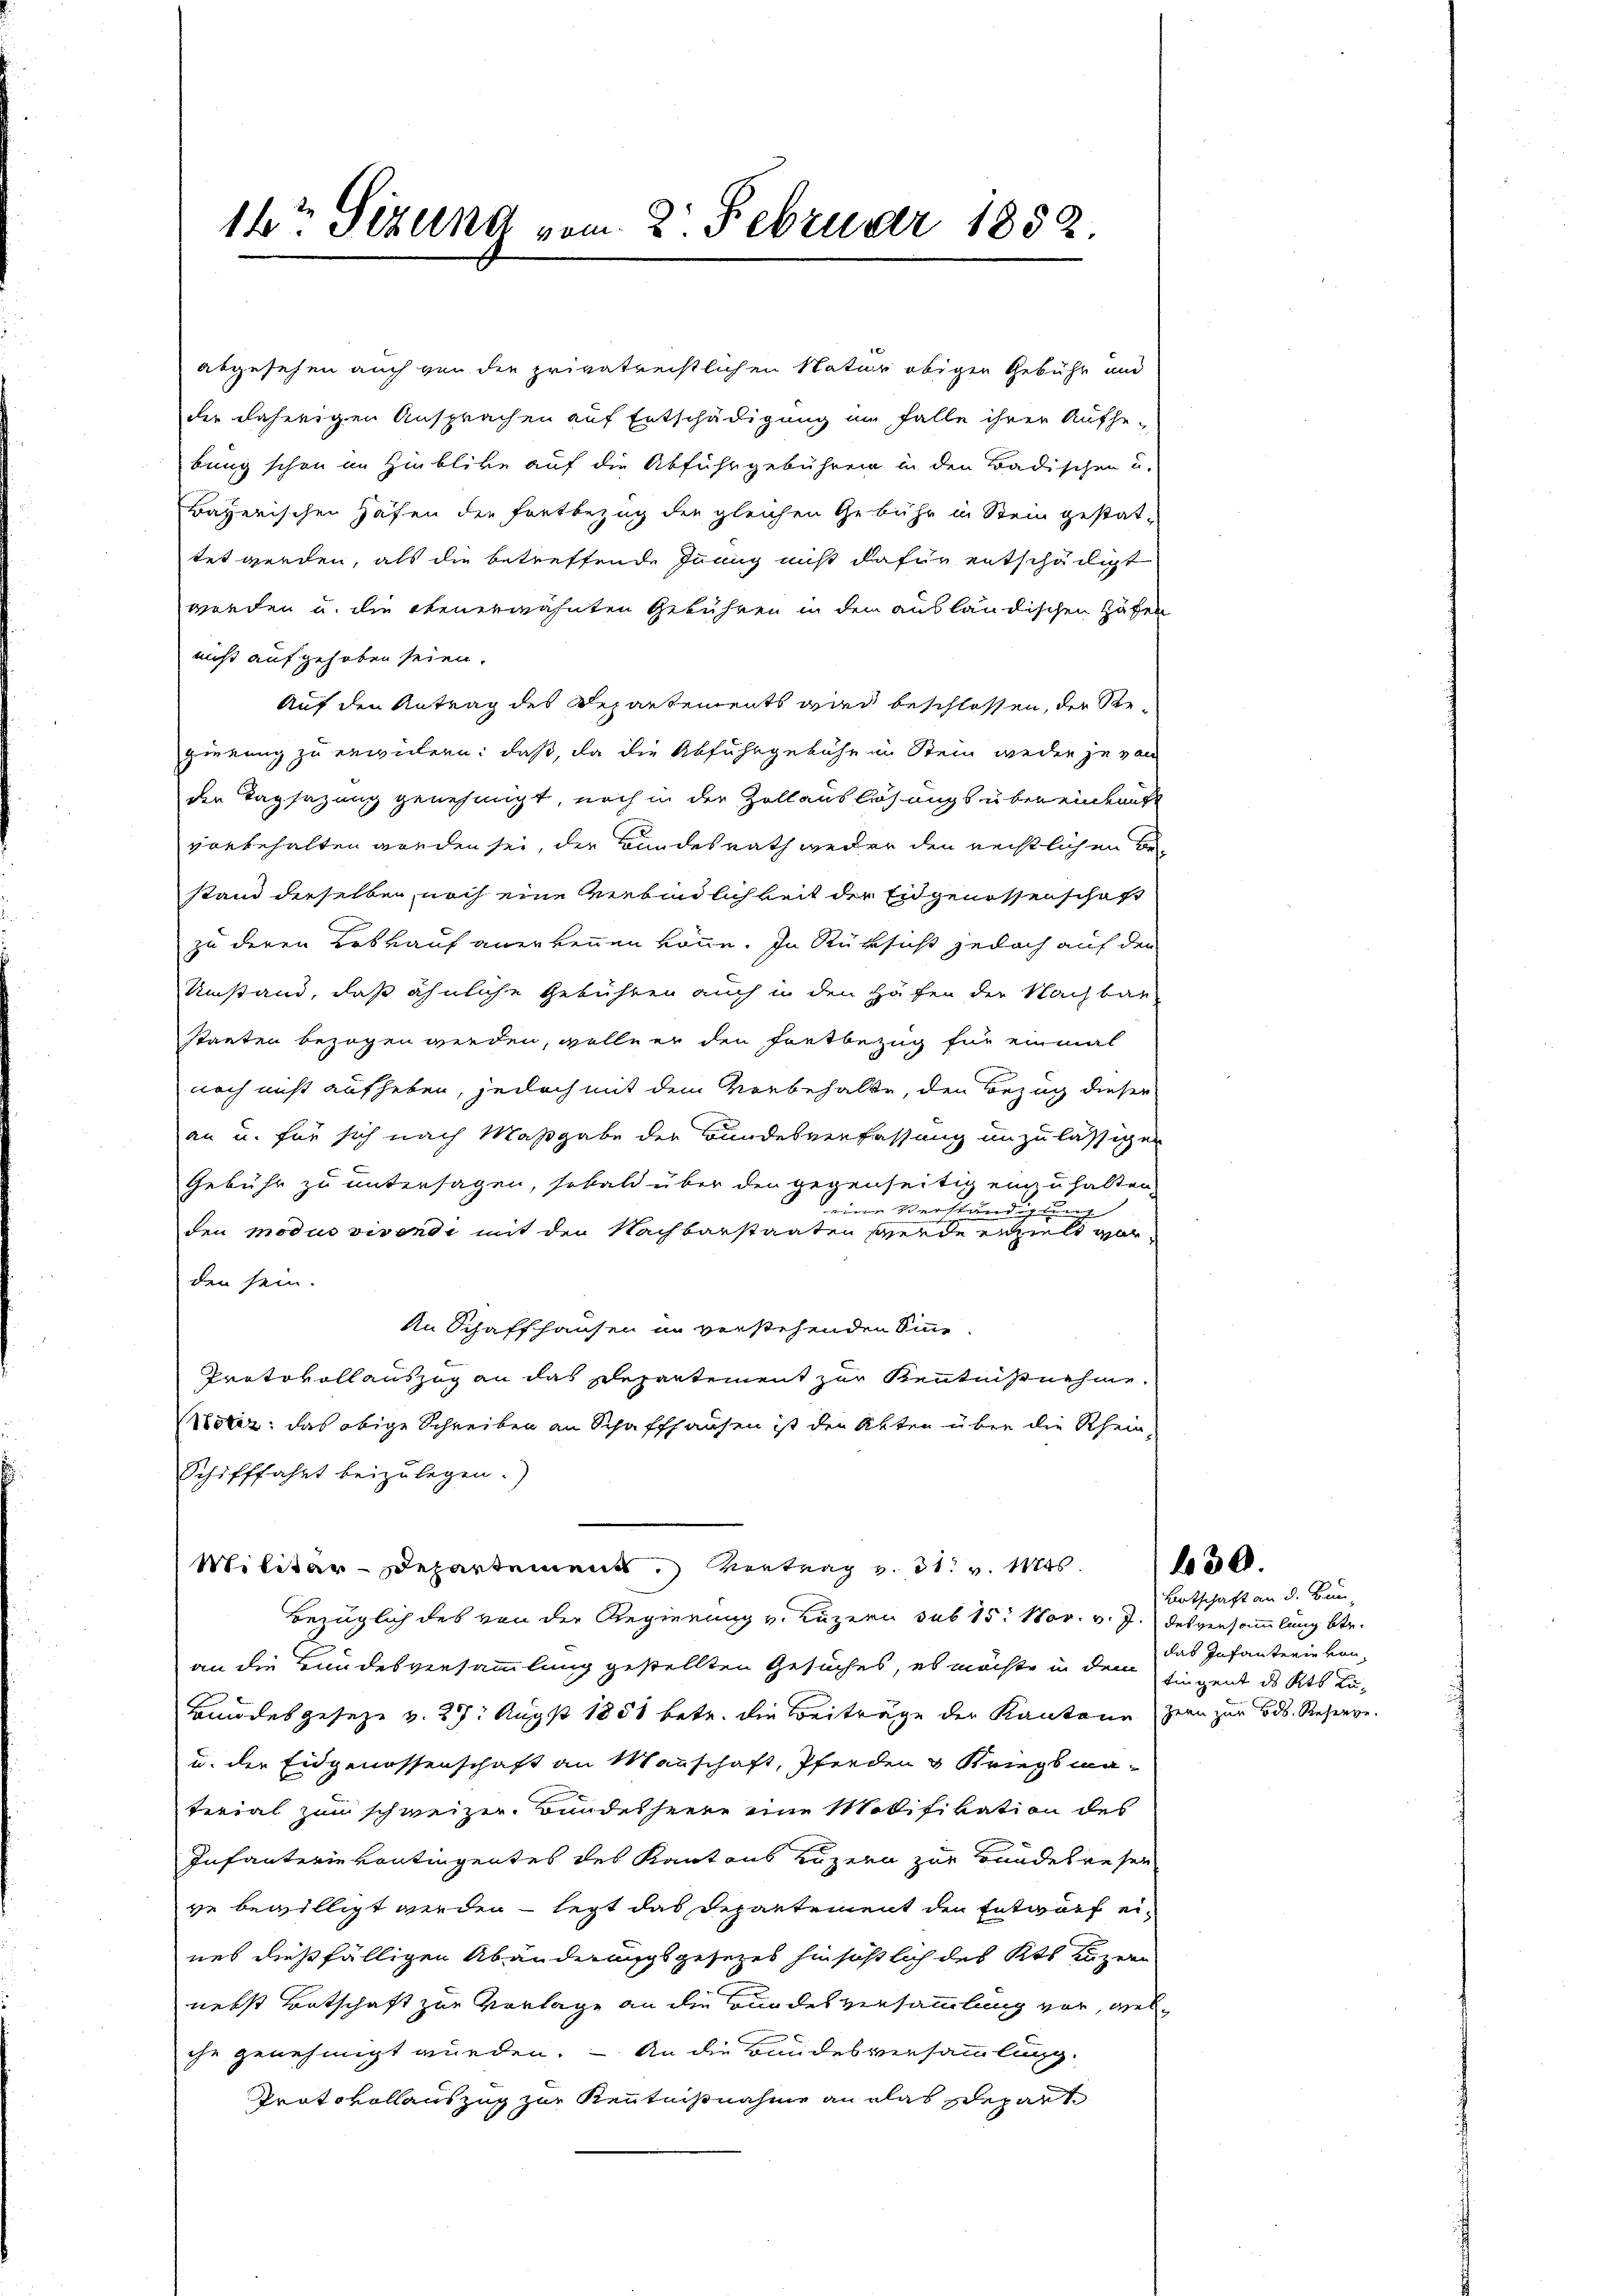
14ten Sizung vom 2. Februar 1852.

abgesehen auch von der privatrechtlichen Natur obigen Gebühr und
der daherigen Ansprachen auf Entschädigung in Falle ihrer Aufhe-
bung schon im Hinblicke auf die Abfuhrgebühren in den Badischen u.
Bayerischen Häfen der Fortbezug der gleichen Gebühr in Stein gestat-
tet werden, als die betreffende Jenny nicht dafür entscheiligt
werden u. die Steuerwähnten Gebühren in den ausländischen Hafen
nicht aufgehoben seien.
Auf den Antrag des Departements wird beschlossen, der Regierung zu erwidern: daß, da die Abfuhrgebühr in Stein weder je von
der Tagsazung genehmigt, noch in der Zollauslösungs übereinkauft
vorbehalten worden sei, der Bundesrath weder den rechtlichen Bestand derselben, noch eine Verbindlichkeit der Eidgenossenschaft
zu deren Loskauf anerkennen könne. In Rüksicht jedoch auf den
Umstand, daß ähnliche Gebühren auch in den Häfen der Nachbar
staaten bezogen werden, wolle er den Fortbezug für einmal
noch nicht aufheben, jedoch mit dem Vorbehalte, den Bezug dieser
an u. für sich nach Maßgabe der Bundesverfassung unzulässigen
Gebühr zu untersagen, sobald über den gegenseitig einzuhalten,
eine Berchtung. 5
den modus vivendi mit den Nachbarstaaten werde erzen wer
den sein.
An Schaffhausen im verstehenden Sinne
Protokollauszug an das Departement zur Kenntnisnehme
Mötiz: das obige Schreiben an Schaffhausen ist den Akten über die Rhein-
Schifffahrt beizulegen.)
Militär-Departement. Vertrag v. dr. v. Mts.
Bezüglich des von der Regierung v. Luzern sub 15. Nov. v. J. desversammlung betr.
an die Bundesversammlung gestellten Gesuches, es möchte in dem siegend des Kts Lö¬
Bmdes geseze v. 29. Augst 1851 betr. die Beiträge der Kantone zern zur Bd. Reserve
u. der Eidgenossenschaft an Mannschaft, Pferden & Kriegsma-
terial zum schweizer Bundesheere eine Motifikation des
Infanterie vontingentes des Kantons Luzern zur Bundesresen
ve bewilligt werden – legt das Departement den Entwurf eines dießfälligen Abänderungsgesetzes hinsichtlich des Kts Luzern
nebst Entschaft zur Vorlage an die Bundesversammlung vor, welche genehmigt wurden. — An die Bundesversammlung.
Protokollauszug zur Kenntnißnahme an das separt

630.

Botschaft an d. Bun
das Infanterie von